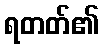
ရတတ်၏